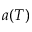
a ( T )